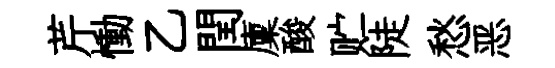
芹慟乙閏廩酸贮陡愁恶